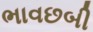
ભાવછબી